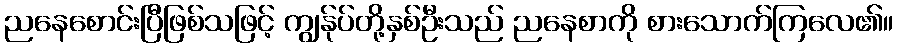
ညနေစောင်းပြီဖြစ်သဖြင့် ကျွန်ုပ်တို့နှစ်ဦးသည် ညနေစာကို စားသောက်ကြလေ၏။